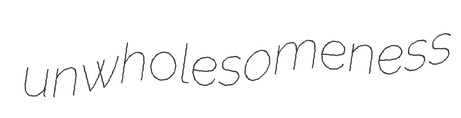
unwholesomeness